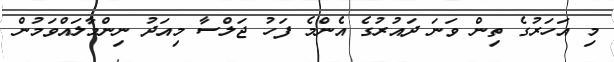
މި އަހަރުގެ ތިން ވަނަ ދައުރުގެ އެންމެ ފަހު ޖަލްސާ މިއަދު ނިންމާލައްވަމުން